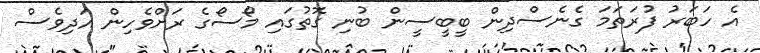
އެ ހަބަރު ފުރަތަމަ ގެނެސްދިން ބީބީސީން ބުނި ގޮތުގައި މޯސޯގެ ރަށްވެހިން އަދިވެސް